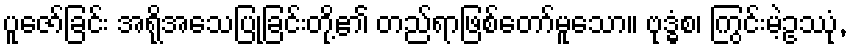
ပူဇော်ခြင်း အရိုအသေပြုခြင်းတို့၏ တည်ရာဖြစ်တော်မူသော။ ဗုဒ္ဓံစ၊ ကြွင်းမဲ့ဥဿုံ,